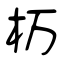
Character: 杤